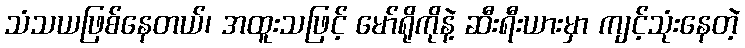
သံသယဖြစ်နေတယ်၊ အထူးသဖြင့် မော်ရိုကိုနဲ့ ဆီးရီးယားမှာ ကျင့်သုံးနေတဲ့